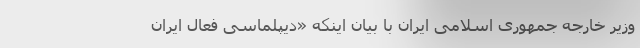
وزیر خارجه جمهوری اسلامی ایران با بیان اینکه «دیپلماسی فعال ایران